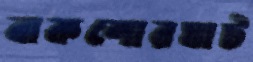
বাকশোরঘাট